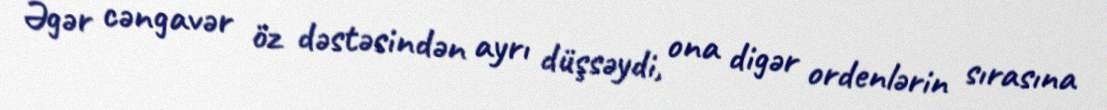
Əgər cəngavər öz dəstəsindən ayrı düşsəydi, ona digər ordenlərin sırasına